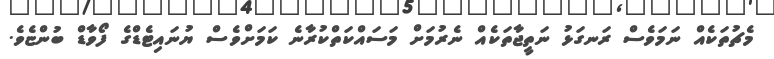
މެޗުތަކެއް ނަމަވެސް ރަނގަޅު ނަތީޖާތަކެއް ނެރުމަށް މަސައްކަތްކުރާނެ ކަމަށްވެސް ޔުނައިޓެޑްގެ ފޯވާޑް ބުންޏެވެ.